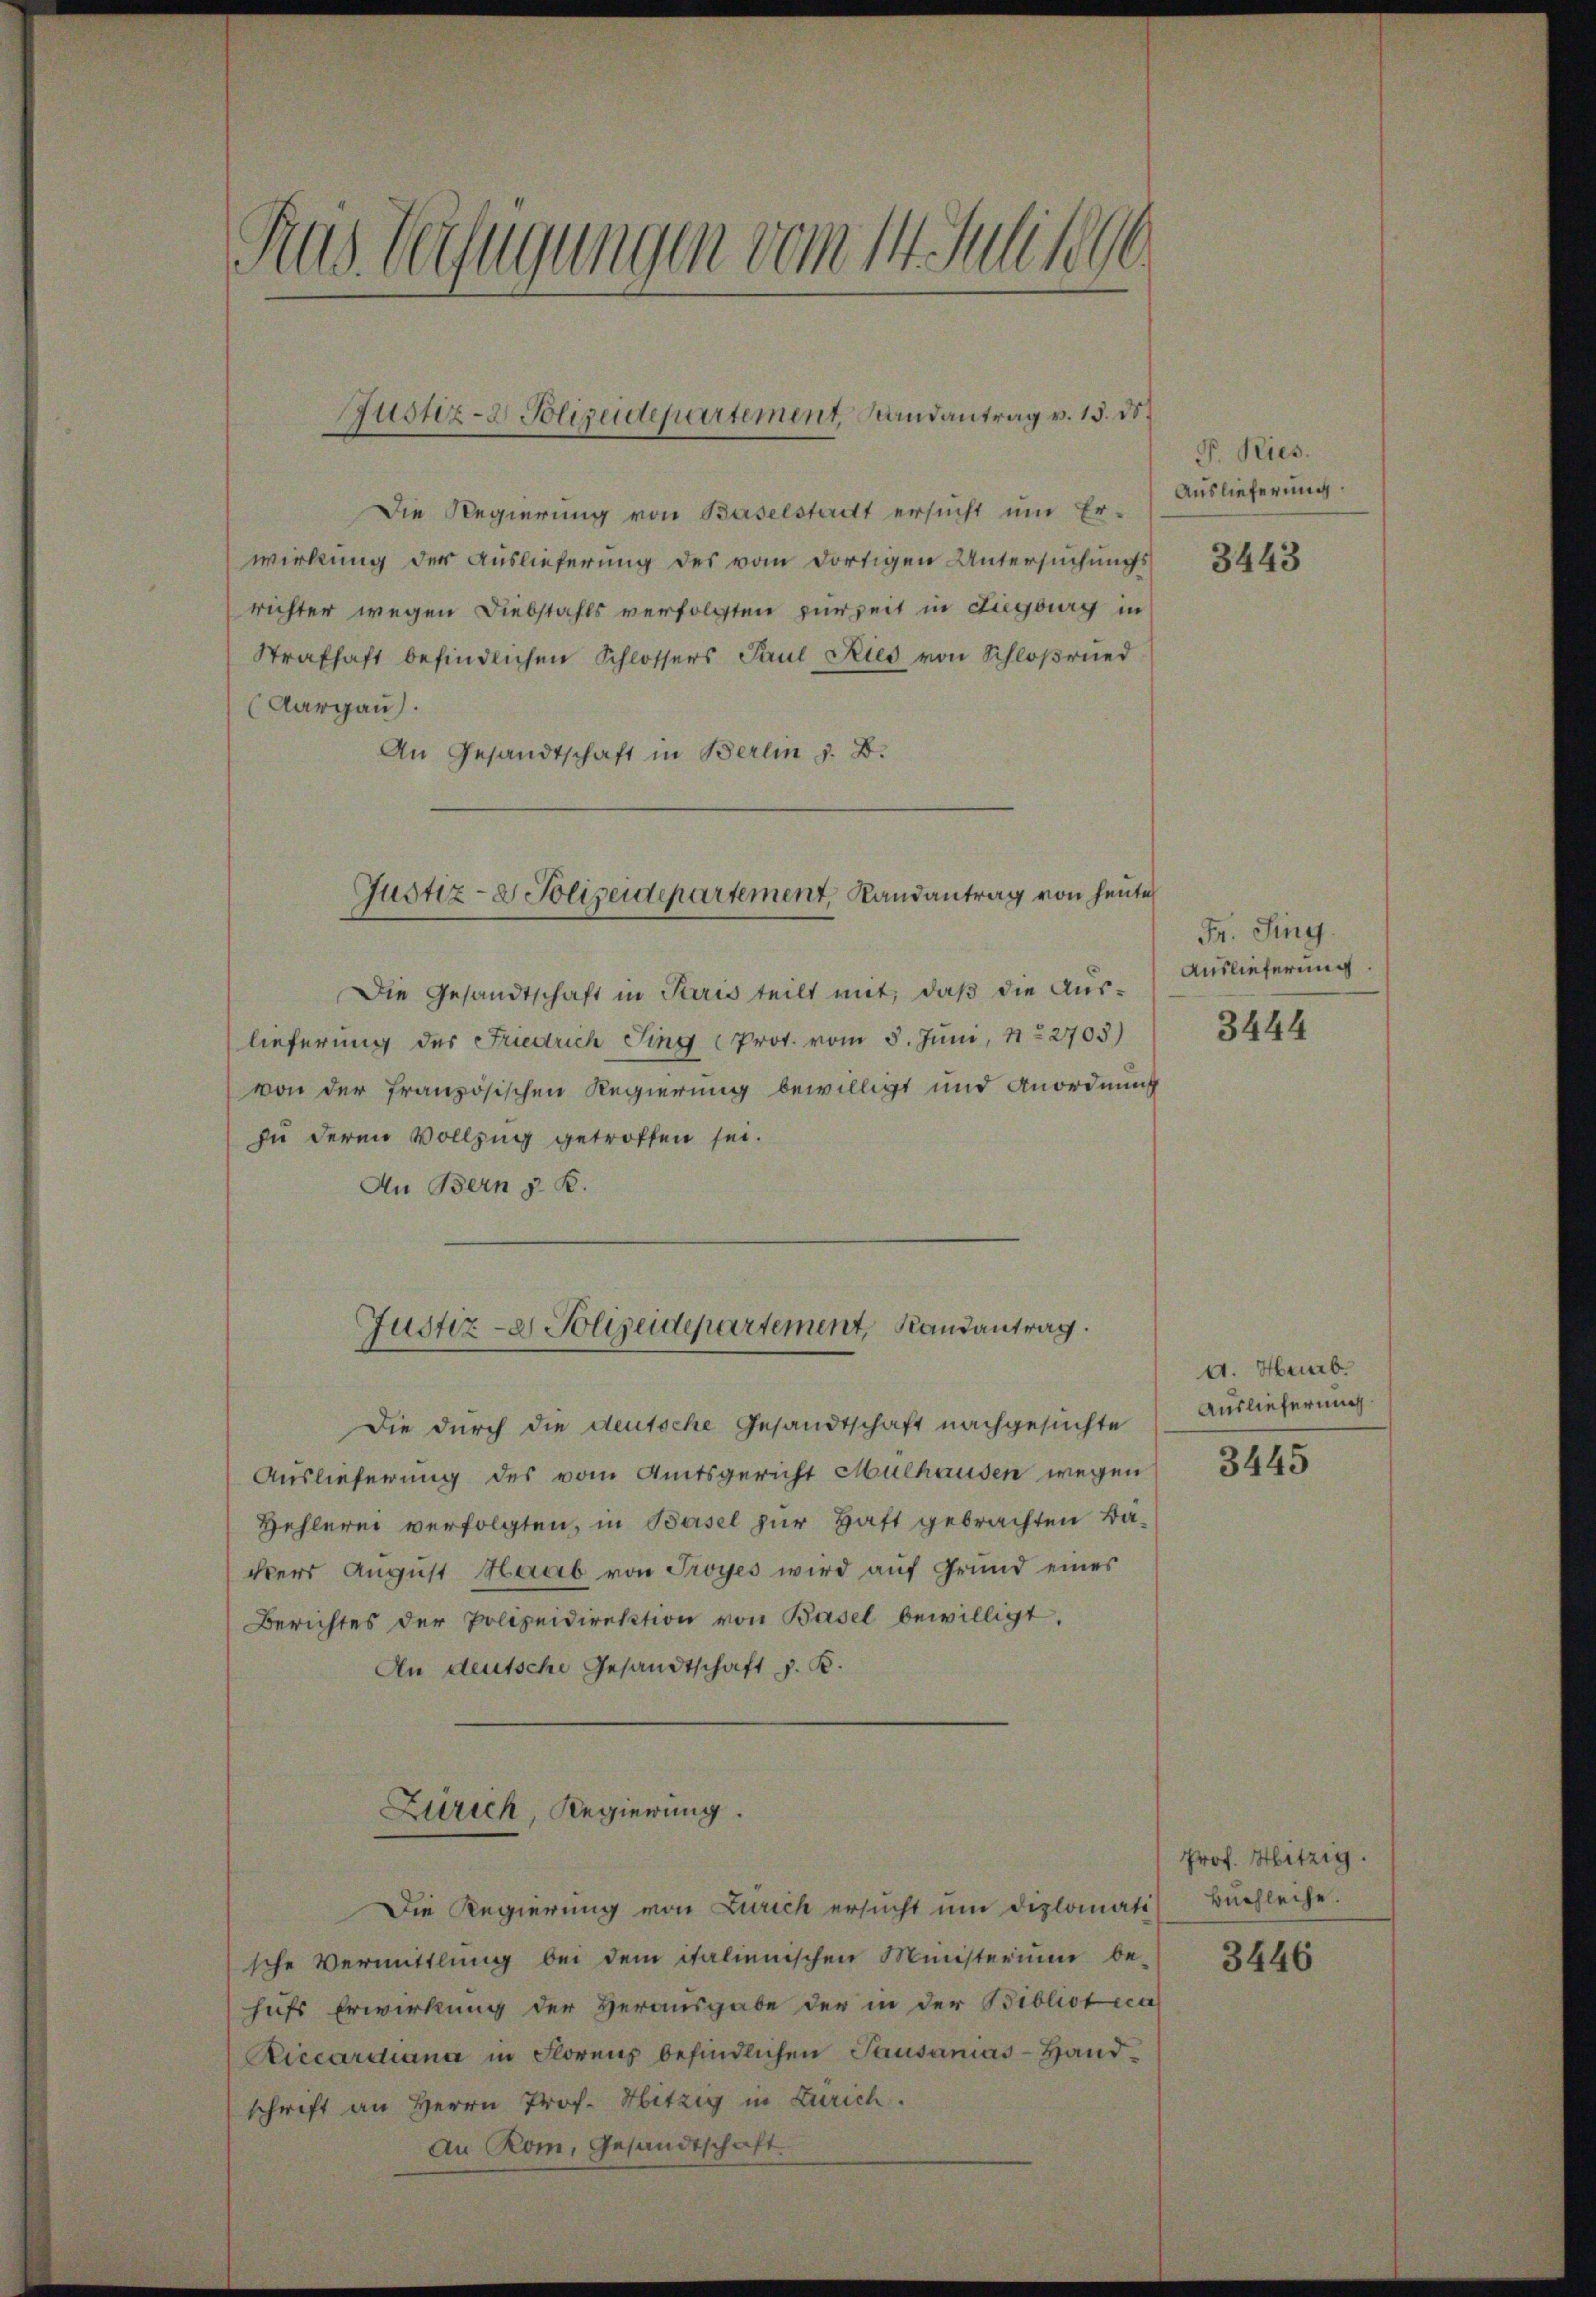
Rus Verfügungen vom 14. Juli 1896

Die Regierung von Baselstadt ersucht um Er-
wirkung der Auslieferung des vom dortigen Untersuchungsrichter wegen Diebstahls verfolgten zurzeit in Liegburg in
Strafhaft befindlichen Schlossers Paul Kies von Schloßried
(Aargau).
An Gesandtschaft in Berlin z. B.

Justiz- & Polizeidepartement, Randantrag v. 15. ds.

Die Gesandtschaft in Paris teilt mit, daß die Aus-
lieferung des Friedrich Sing Prot. vom 5. Juni, No 2703)
von der französischen Regierung bewilligt und Anordnung
zu deren Vollzug getroffen sei.
An Bern z. B.
Die durch die deutsche Gesandtschaft nachgesuchte
Auslieferung des vom Amtsgericht Mülhausen wegen
Hehlerei verfolgten, in Basel zur Haft gebrachten Bakers August Haab von Troyes wird auf Grund eines
Berichtes der Polizeidirektion von Basel bewilligt.
An deutsche Gesandtschaft z. B.
Zürich, Regierung.
Die Regierung von Zürich ersucht ŭm diplomati
sche Vermittlung bei dem italienischen Ministerium be-
hufs Erwirkung der Herausgabe der in der Biblioteca
Riccardiana in Florenz befindlichen Pausanas-Handschrift an Herrn Prof. Hitzig in Zürich.
An Rom, Gesandtschaft

Justiz- & Polizeidepartement, Randantrag von heute

Justiz- & Polizeidepartement, Randantrag.

P. Ries.
Auslieferung.

3443

Fr. Sing.
Auslieferung

3444

A. Heib.
Auslieferung

3445

Prof. Hitzig.
büchleche.
3446